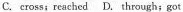
c. cross;reached D. through; got